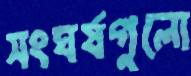
সংঘর্ষগুলো